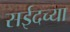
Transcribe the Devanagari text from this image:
सईदच्या